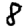
Digit: 8